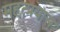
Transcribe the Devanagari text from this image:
महत्प्रयास